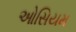
ઓસિયમ